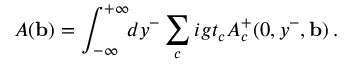
{ \cal A } ( { \bf b } ) = \int _ { - \infty } ^ { + \infty } \! \! d y ^ { - } \sum _ { c } i g t _ { c } A _ { c } ^ { + } ( 0 , y ^ { - } , { \bf b } ) \, .